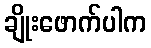
ချိုးဖောက်ပါက